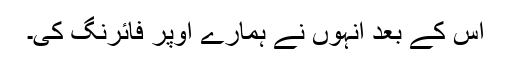
اس کے بعد انہوں نے ہمارے اوپر فائرنگ کی۔